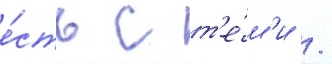
е́сть с т'е́м'и /